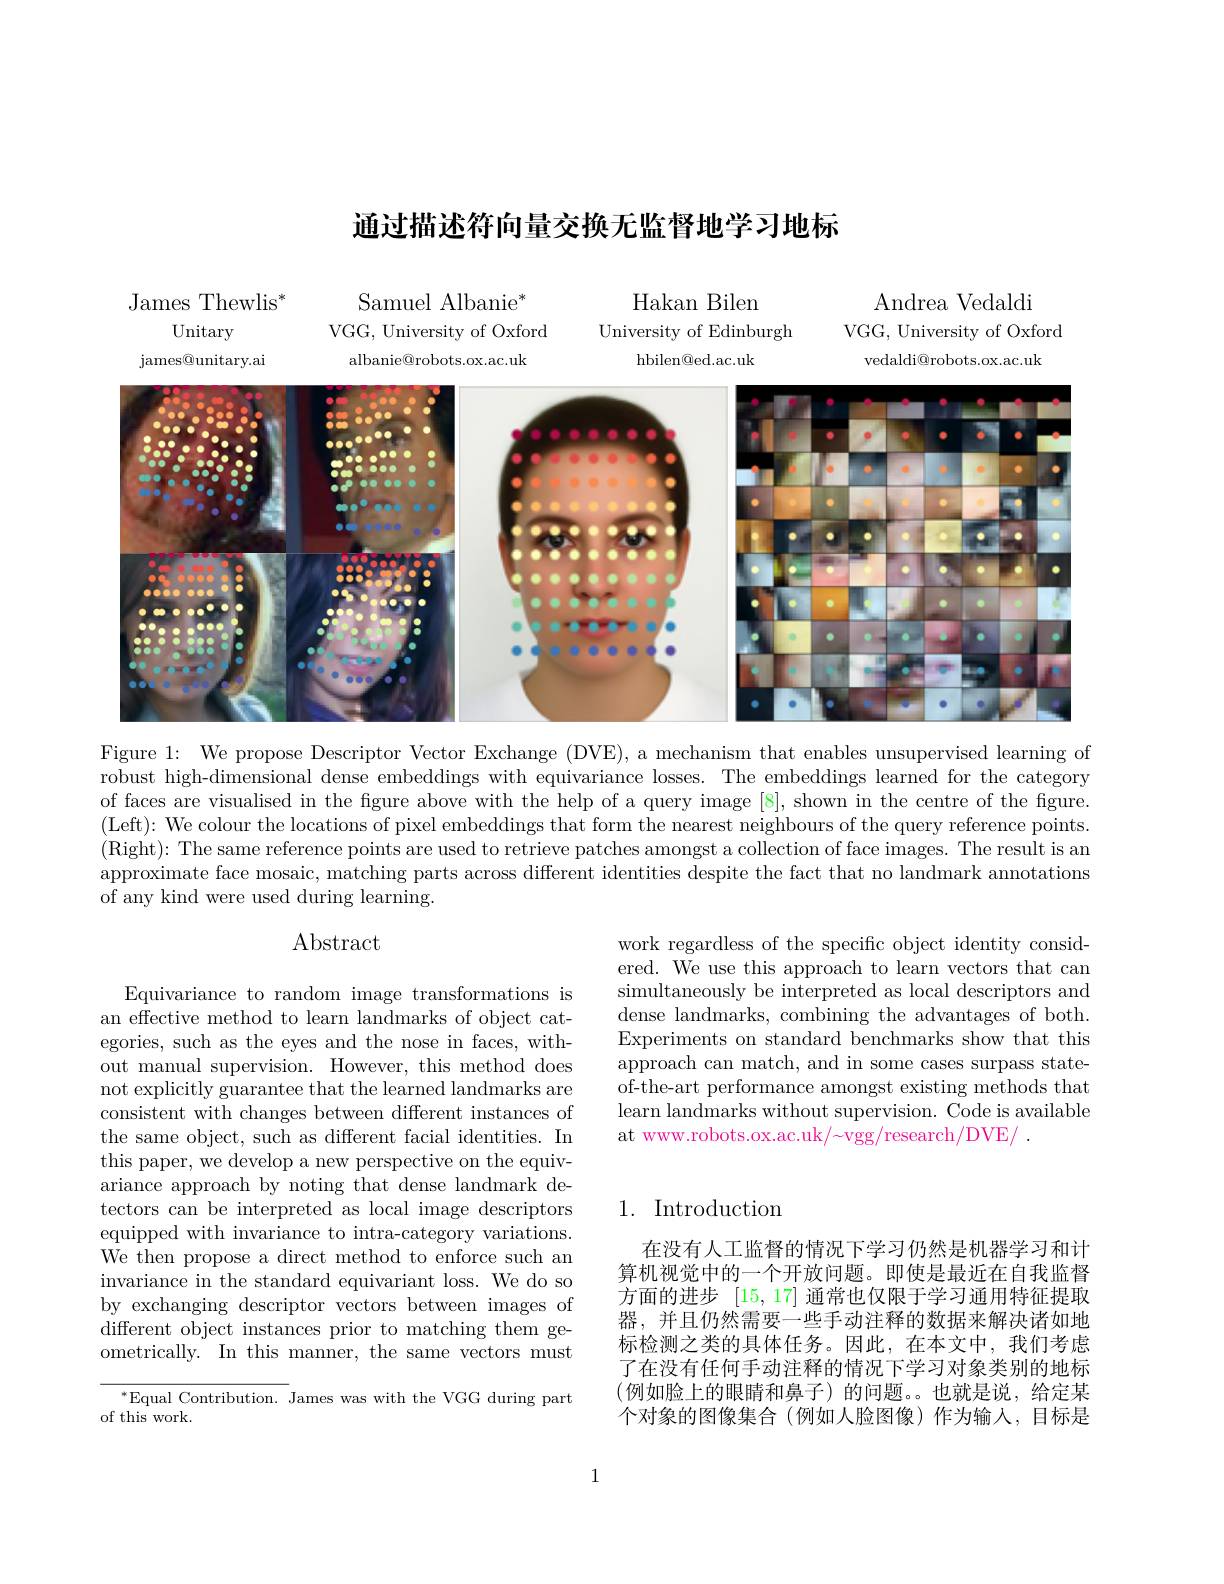
通过描述符向量交换无监督地学习地标

Samuel Albanie$^*$

Hakan Bilen

Andrea Vedaldi
VGG, University of Oxford
vedaldi@robots.ox.ac.uk

James Thewlis$^*$
Unitary
james@ unitary. ai
<FigureHere>

VGG, University of Oxford

University of Edinburgh

hbilen@ ed. ac. uk
albanie@ robots. ox. ac. uk
Figure 1: We propose Descriptor Vector Exchange (DVE), a mechanism that enables unsupervised learning of

robust high-dimensional dense embeddings with equivariance losses. The embeddings learned for the category of faces are visualised in the figure above with the help of a query image [8], shown in the centre of the figure. (Left): We colour the locations of pixel embeddings that form the nearest neighbours of the query reference points. (Right):The same reference points are used to retrieve patches amongst a collection of face images. The result is an approximate face mosaic, matching parts across different identities despite the fact that no landmark annotations of any kind were used during learning.

## $\operatorname{Abstract}$

work regardless of the specific object identity considered. We use this approach to learn vectors that can simultaneously be interpreted as local descriptors and dense landmarks, combining the advantages of both. Experiments on standard benchmarks show that this $\dot{\text{approach can match, and in some cases surpass state-}}$ of-the-art performance amongst existing methods that learn landmarks without supervision. Code is available at www.robots.ox.ac.uk/~vgg/research/DVE/~.

Equivariance to random image transformations is an effective method to learn landmarks of object categories, such as the eyes and the nose in faces, without manual supervision. However, this method does not explicitly guarantee that the learned landmarks are consistent with changes between different instances of the same object, such as different facial identities. In this paper, we develop a new perspective on the equivariance approach by noting that dense landmark detectors can be interpreted as local image descriptors equipped with invariance to intra-category variations. We then propose a direct method to enforce such an invariance in the standard equivariant loss. We do so by exchanging descriptor vectors between images of different object instances prior to matching them geometrically. In this manner, the same vectors must

# 1. Introduction

在没有人工监督的情况下学习仍然是机器学习和计算机视觉中的一个开放问题。即使是最近在自我监督方面的进步[15,17] 通常也仅限于学习通用特征提取器，并且仍然需要一些手动注释的数据来解决诸如地标检测之类的具体任务。因此，在本文中，我们考虑了在没有任何手动注释的情况下学习对象类别的地标(例如脸上的眼睛和鼻子)的问题。也就是说，给定某个对象的图像集合(例如人脸图像)作为输入，目标是

$^*$Equal Contribution. James was with the VGG during part
of this work.

1